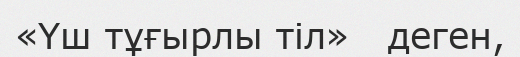
«Үш тұғырлы тіл»   деген,